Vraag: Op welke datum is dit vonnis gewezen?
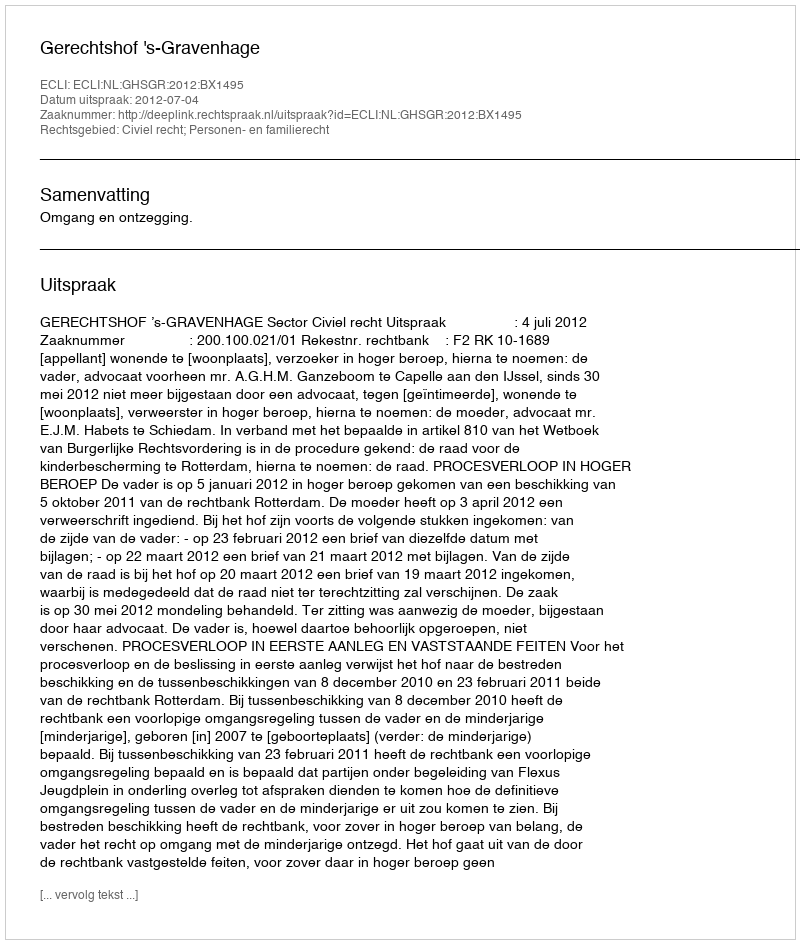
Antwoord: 2012-07-04